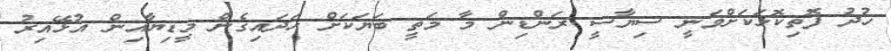
ހުދު ފޮތިކޮޅަކަށްވަނީ ސިޔާސީ ރަންޑިން މާ މަތީ ބަޔަކަށް ހަދައިގެން މީޑިޔާއިން އުޅޭއިރު